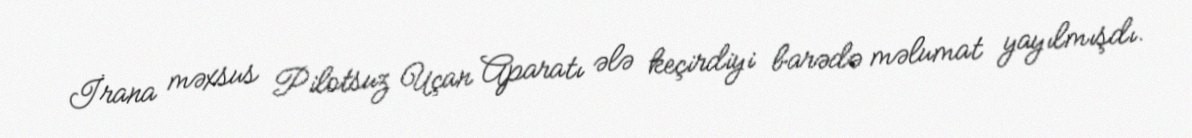
İrana məxsus Pilotsuz Uçan Aparatı ələ keçirdiyi barədə məlumat yayılmışdı.